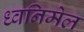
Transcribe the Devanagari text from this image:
ध्वनिमेल